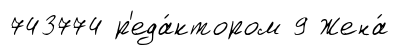
743774 р'еда́ктором 9 Жена́